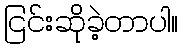
ငြင်းဆိုခဲ့တာပါ။